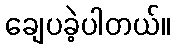
ချေပခဲ့ပါတယ်။